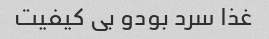
غذا سرد بودو بی کیفیت